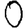
Digit: 0